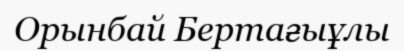
Орынбай Бертағыұлы